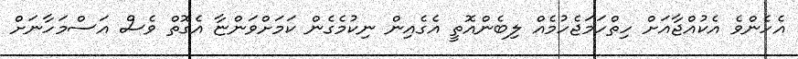
އެހެންވެ އެކުއްޖާއަށް ހިތްހަމަޖެހުމެއް ލިބެންއޮތީ އެގެއިން ނިކުމެގެން ކަމަށްވަންޏާ އެގޮތް ވެސް އަސްމަހާނަށް